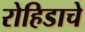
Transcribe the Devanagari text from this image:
रोहिडाचे